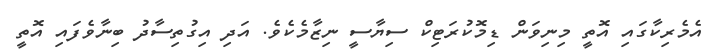
އެމެރިކާގައި އޮތީ މިނިވަން ޑިމޮކުރަޓިކް ސިޔާސީ ނިޒާމެކެވެ. އަދި އިގުތިސާދު ބިނާވެފައި އޮތީ